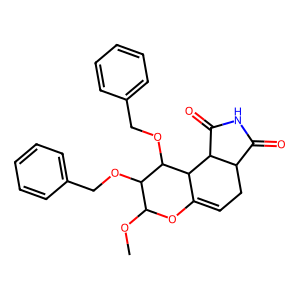
SMILES: COC1OC2=CCC3C(=O)NC(=O)C3C2C(OCc2ccccc2)C1OCc1ccccc1
Inhibits HIV replication: No